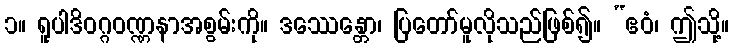
၁။ ရူပါဒိဝဂ္ဂဝဏ္ဏနာအစွမ်းကို။ ဒဿေန္တော၊ ပြတော်မူလိုသည်ဖြစ်၍။ “ဧဝံ၊ ဤသို့။